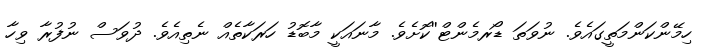
ހިމޭންކަންމަތީގައެވެ. ނުވަތަ ޑޯރމެންޓް''ކޮށެވެ. މާނައަކީ މާބޮޑު ހަރަކާތެއް ނެތިއެވެ. ދުވަސް ނުފުރާ ވިހާ